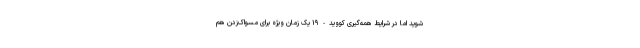
شوید اما در شرایط همه‌گیری کووید-۱۹ یک زمان ویژه برای مسواک‌زدن هم